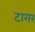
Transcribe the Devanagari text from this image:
टागर